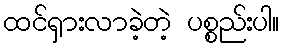
ထင်ရှားလာခဲ့တဲ့ ပစ္စည်းပါ။